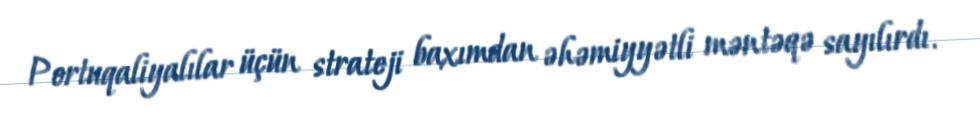
Portuqaliyalılar üçün strateji baxımdan əhəmiyyətli məntəqə sayılırdı.